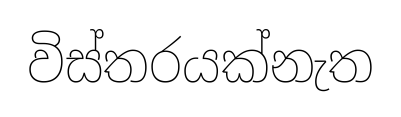
විස්තරයක්නැත